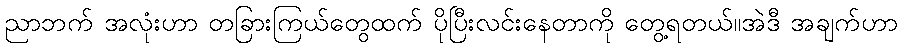
ညာဘက် အလုံးဟာ တခြားကြယ်တွေထက် ပိုပြီးလင်းနေတာကို တွေ့ရတယ်။အဲဒီ အချက်ဟာ